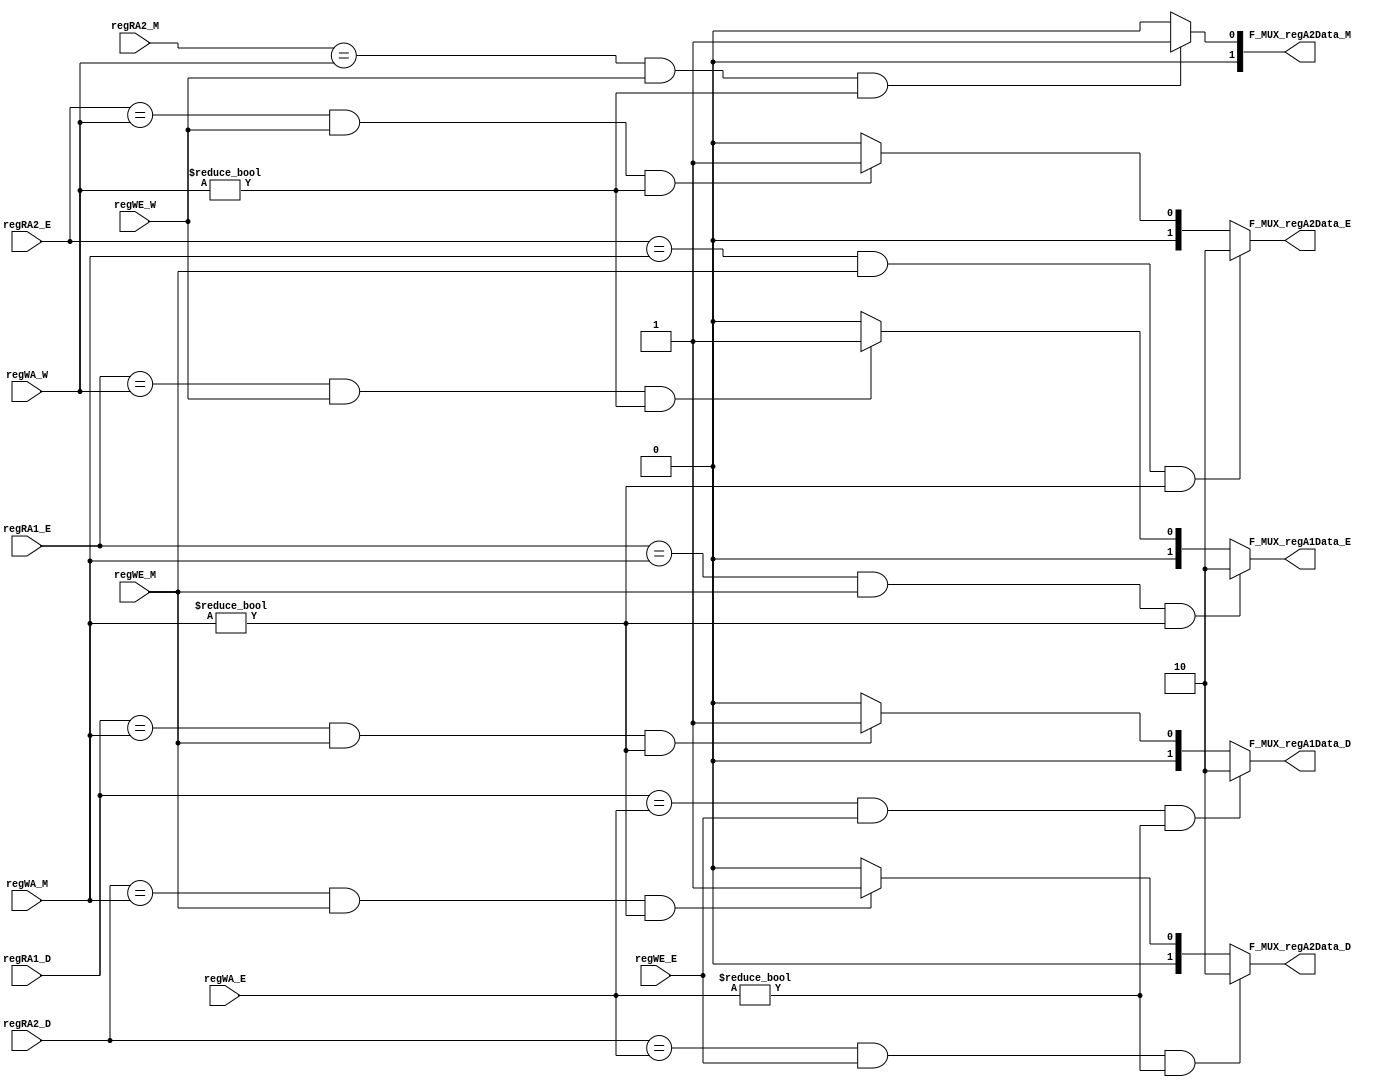
`timescale 1ns / 1ps
//////////////////////////////////////////////////////////////////////////////////
// Company: 
// Engineer: 
// 
// Design Name: 
// Module Name:    ForwardController 
// Project Name: 
// Target Devices: 
// Tool versions: 
// Description: 
//
// Dependencies: 
//
// Revision: 
// Revision 0.01 - File Created
// Additional Comments: 
//
//////////////////////////////////////////////////////////////////////////////////
module ForwardController(
    input [4:0] regRA1_D,
    input [4:0] regRA2_D,
    input [4:0] regRA1_E,
    input [4:0] regRA2_E,
    input [4:0] regWA_E,
    input regWE_E,
    input [4:0] regRA2_M,           // [$rt] (maybe write to the memory)
    input [4:0] regWA_M,
    input regWE_M,
    input [4:0] regWA_W,
    input regWE_W,
    output [1:0] F_MUX_regA1Data_D,
    output [1:0] F_MUX_regA2Data_D,
    output [1:0] F_MUX_regA1Data_E,
    output [1:0] F_MUX_regA2Data_E,
    output [1:0] F_MUX_regA2Data_M
    );

    `define ZERO 5'b00000

    // CMP or NPC 
    assign F_MUX_regA1Data_D =  (regRA1_D == regWA_E && regWE_E && regWA_E != `ZERO) ? 2'd2 : 
                                (regRA1_D == regWA_M && regWE_M && regWA_M != `ZERO) ? 2'd1 : 2'd0;

    assign F_MUX_regA2Data_D =  (regRA2_D == regWA_E && regWE_E && regWA_E != `ZERO) ? 2'd2 : 
                                (regRA2_D == regWA_M && regWE_M && regWA_M != `ZERO) ? 2'd1 : 2'd0;

    // ALU
    assign F_MUX_regA1Data_E =  (regRA1_E == regWA_M && regWE_M && regWA_M != `ZERO) ? 2'd2 :
                                (regRA1_E == regWA_W && regWE_W && regWA_W != `ZERO) ? 2'd1 : 2'd0;

    assign F_MUX_regA2Data_E =  (regRA2_E == regWA_M && regWE_M && regWA_M != `ZERO) ? 2'd2 :
                                (regRA2_E == regWA_W && regWE_W && regWA_W != `ZERO) ? 2'd1 : 2'd0;
    
    // DM
    assign F_MUX_regA2Data_M =  (regRA2_M == regWA_W && regWE_W && regWA_W != `ZERO) ? 2'd1 : 2'd0;


    


endmodule